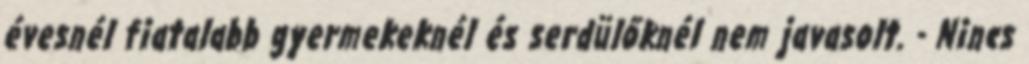
évesnél fiatalabb gyermekeknél és serdülőknél nem javasolt. - Nincs